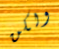
ولكن